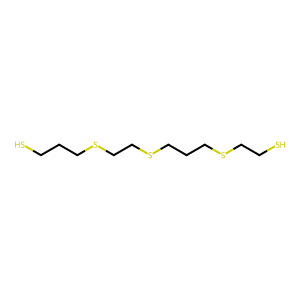
SMILES: SCCCSCCSCCCSCCS
Inhibits HIV replication: No